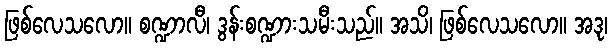
ဖြစ်လေသလော။ စဏ္ဍာလီ၊ ဒွန်းစဏ္ဍားသမီးသည်။ အသိ၊ ဖြစ်လေသလော။ အဒု၊